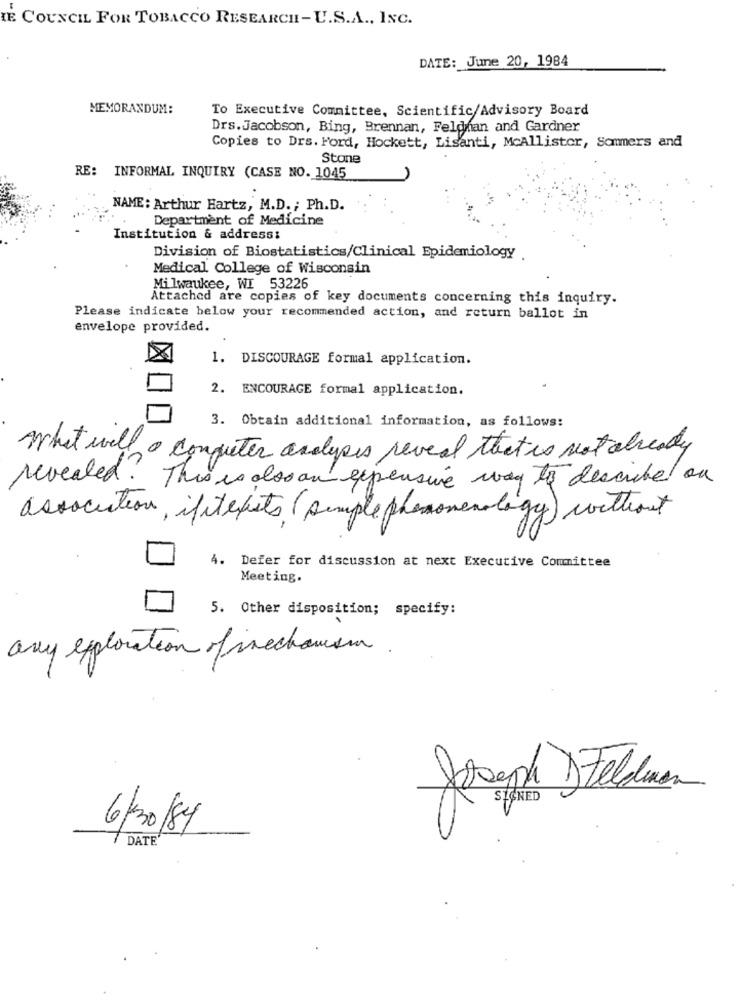
IE COUNCIL FOR TOBACCO RESEARCH-U.S.A ., INC.
DATE: June 20, 1984
MEMORANDUM:
To Executive Committee, Scientific/Advisory Board
Drs.Jacobson, Bing, Brennan, Feldman and Gardner
Copies to Drs. Ford, Hockett, Lisanti, McAllister, Sommers and
Stone
RE: INFORMAL INQUIRY (CASE NO. 1045
NAME: Arthur Hartz, M.D. ; Ph.D.
Department of Medicine
Institution & address:
Division of Biostatistics/Clinical Epidemiology
Medical College of Wisconsin
Milwaukee, WI 53226
Attached are copies of key documents concerning this inquiry.
Please indicate below your recommended action, and return ballot in
envelope provided.
1. DISCOURAGE formal application.
2. ENCOURAGE formal application.
3. Obtain additional information, as follows:
what will a computer analyses reveal that is not already
revealed. This is alsoan expensive way to describe on
association, ifitexists ( simple phenomenology) without
4.
Defer for discussion at next Executive Committee
Meeting.
5. Other disposition; specify:
any exploration of inechamem.
Joseph ) Feldman
6/30/84
DATE